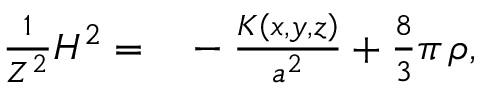
\begin{array} { r l } { \frac { 1 } { Z ^ { 2 } } H ^ { 2 } = } & { { } - \frac { K \left( x , y , z \right) } { a ^ { 2 } } + \frac { 8 } { 3 } \pi \, \rho , } \end{array}